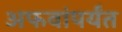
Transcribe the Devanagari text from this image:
अफवांपर्यंत